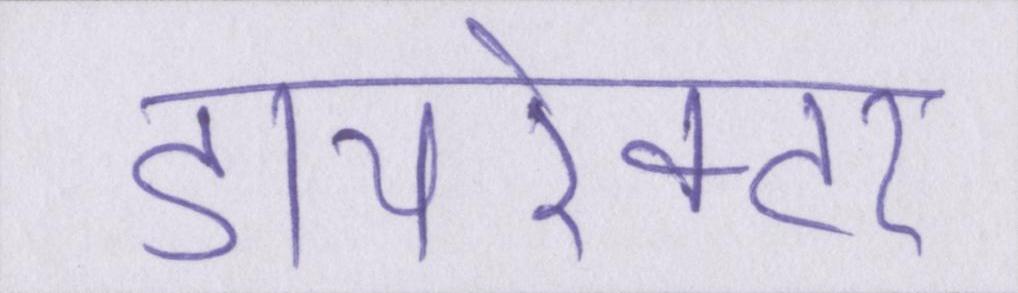
डायरेक्टर